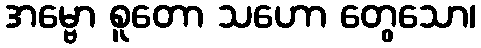
အမ္ဗော စူတော သဟော တွေသော၊